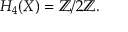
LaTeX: H _ { 4 } ( X ) = \mathbb { Z } / 2 \mathbb { Z } .